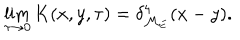
\lim _ { \tau \to 0 } K ( x , y , \tau ) = \delta _ { { \cal M } _ { \mathrm { E } } } ^ { 4 } ( x - y ) .